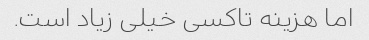
اما هزینه تاکسی خیلی زیاد است.